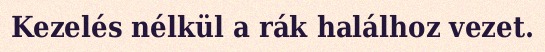
Kezelés nélkül a rák halálhoz vezet.